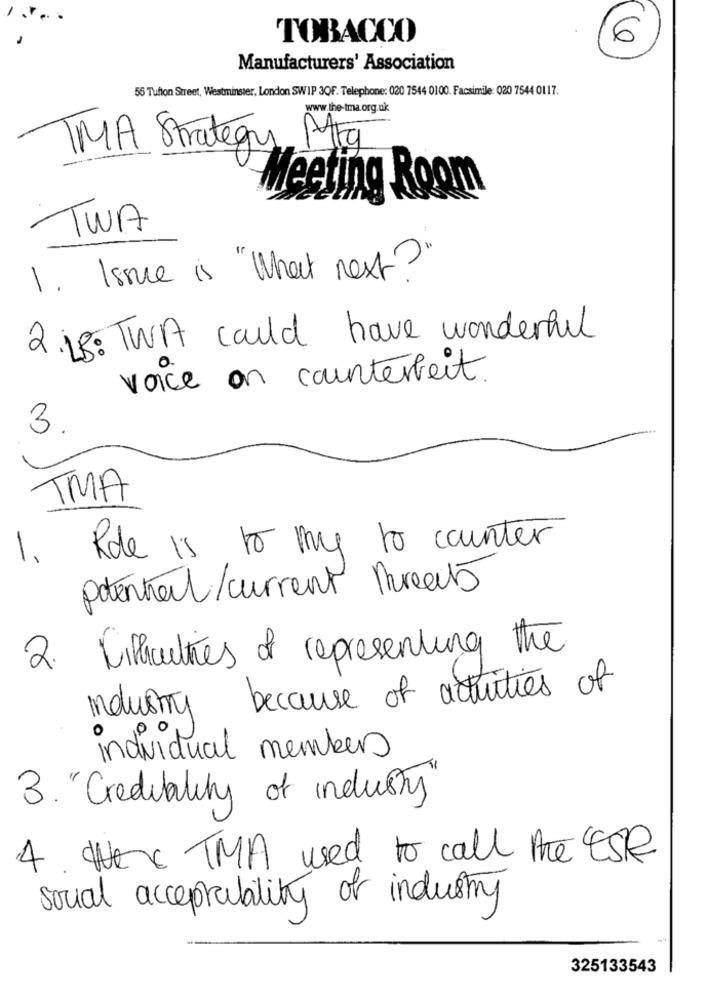
TOBACCO
6
Manufacturers' Association
56 Tufton Street, Westminster, London SWIP 3QF. Telephone: 020 7544 0100. Facsimile: 020 7544 0117.
www.the-tma.org.uk
TMA Strategy Mta
Meeting Room
TWA
1 . Issue is "What next?"
2.18: TWA could have wonderful
voice on counterfeit.
3.
TMA
Role is to my to counter
1.
potential /current treats
2. Difficulties of representing the
industry because of activities of
individual members
3. "Credibility of industry
4. Were TMA used to call the ESR
social acceptability of industry
325133543